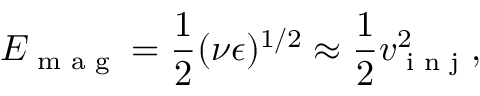
E _ { \textrm { m a g } } = \frac { 1 } { 2 } ( \nu \epsilon ) ^ { 1 / 2 } \approx \frac { 1 } { 2 } v _ { \textrm { i n j } } ^ { 2 } ,